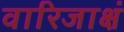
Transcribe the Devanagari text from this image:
वारिजाक्षं